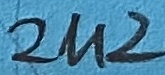
Text: 2u2